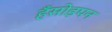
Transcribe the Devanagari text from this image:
हँसोड़पन